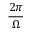
\frac { 2 \pi } { \Omega }